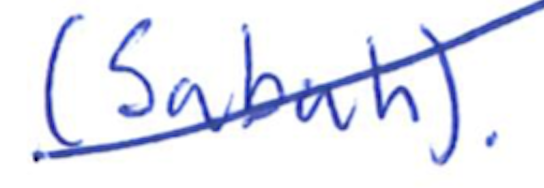
Text: (Sabah).
Cross-out: diagonal
Writing tool: ballpoint